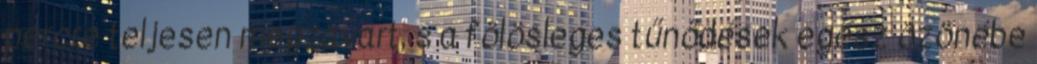
percre teljesen megzavart, s a fölösleges tűnődések egész özönébe